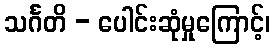
သင်္ဂတိ - ပေါင်းဆုံမှုကြောင့်၊